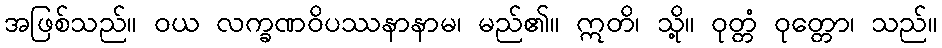
အဖြစ်သည်။ ဝယ လက္ခဏဝိပဿနာနာမ၊ မည်၏။ ဣတိ၊ သို့။ ဝုတ္တံ ဝုတ္တော၊ သည်။